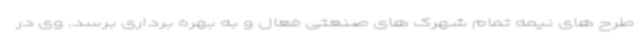
طرح های نیمه تمام شهرک های صنعتی فعال و به بهره برداری برسد. وی در